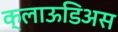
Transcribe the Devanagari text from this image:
क्लाऊडिअस